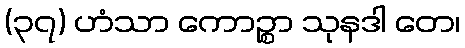
(၃၇) ဟံသာ ကောဉ္စာ သုနဒါ တေ၊